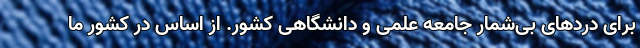
برای دردهای بی‌شمار جامعه علمی و دانشگاهی کشور. از اساس در کشور ما